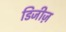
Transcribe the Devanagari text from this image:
डिजीज़